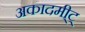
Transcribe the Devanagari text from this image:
अकादमी्ट्